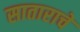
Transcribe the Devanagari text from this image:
साताराचे